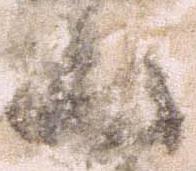
山